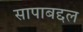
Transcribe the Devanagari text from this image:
सापाबद्दल